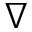
\nabla